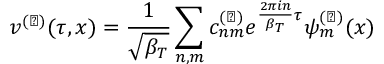
v ^ { ( \perp ) } ( \tau , x ) = \frac { 1 } { \sqrt { \beta _ { T } } } \sum _ { n , m } c _ { n m } ^ { ( \perp ) } e ^ { \frac { 2 \pi i n } { \beta _ { T } } \tau } \psi _ { m } ^ { ( \perp ) } ( x )